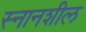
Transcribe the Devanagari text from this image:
स्नानशील